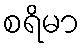
စရိမာ